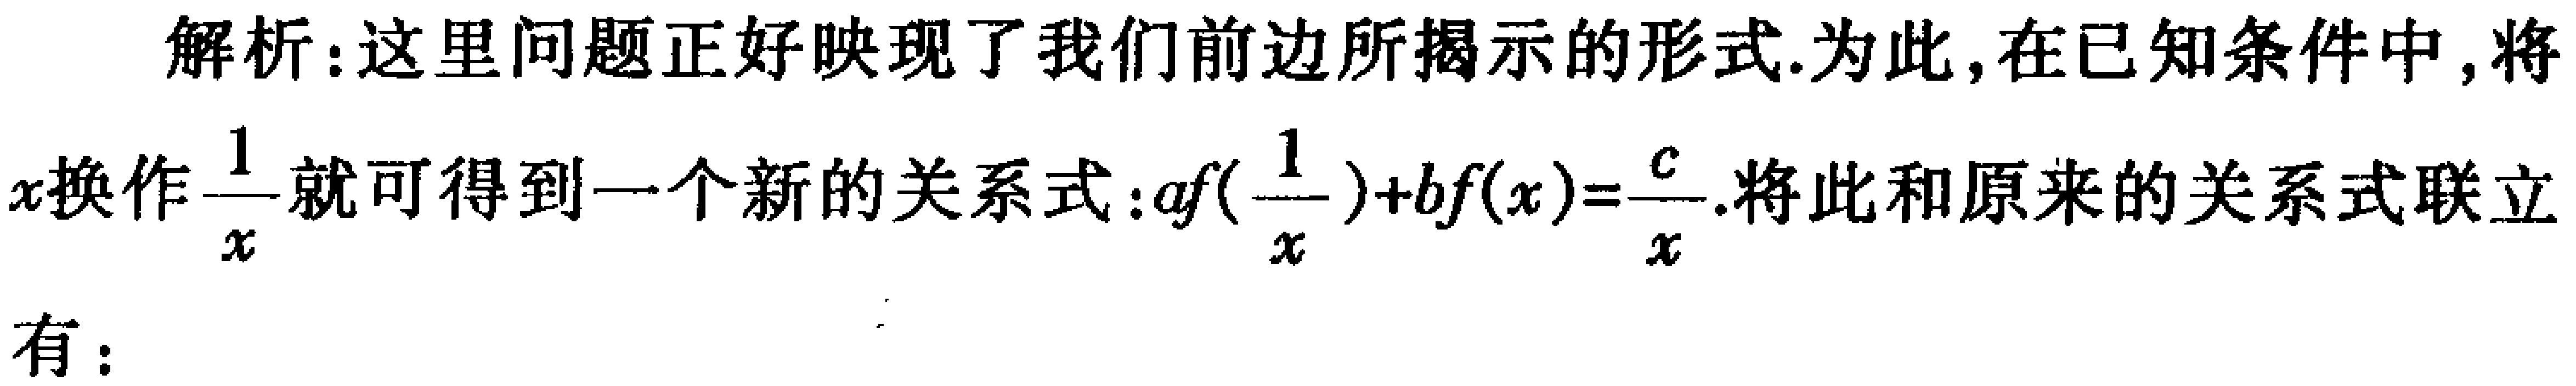
解析：这里问题正好映现了我们前边所揭示的形式.为此,在已知条件中,将
\(x\)换作\(\frac{1}{x}\)就可得到一个新的关系式：\(af(\frac{1}{x}) + bf(x)=\frac{c}{x}\).将此和原来的关系式联立
有：